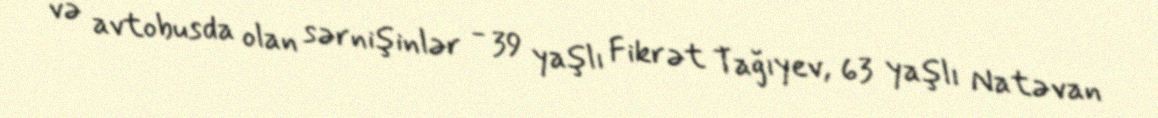
və avtobusda olan sərnişinlər - 39 yaşlı Fikrət Tağıyev, 63 yaşlı Natəvan